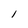
Character: I